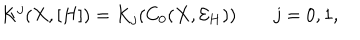
K ^ { j } ( X , [ H ] ) = K _ { j } ( C _ { 0 } ( X , { \mathcal E } _ { H } ) ) \qquad j = 0 , 1 ,